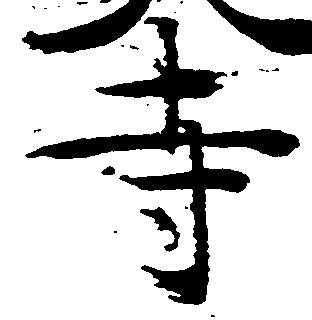
寺